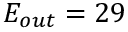
E _ { o u t } = 2 9